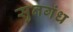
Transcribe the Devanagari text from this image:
सुनगंध